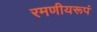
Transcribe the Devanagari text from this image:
रमणीयरूपं